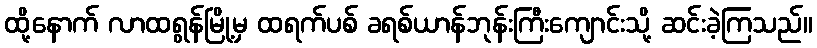
ထို့နောက် လာထရွန်မြို့မှ ထရက်ပစ် ခရစ်ယာန်ဘုန်းကြီးကျောင်းသို့ ဆင်းခဲ့ကြသည်။